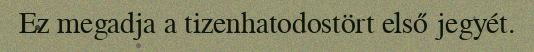
Ez megadja a tizenhatodostört első jegyét.